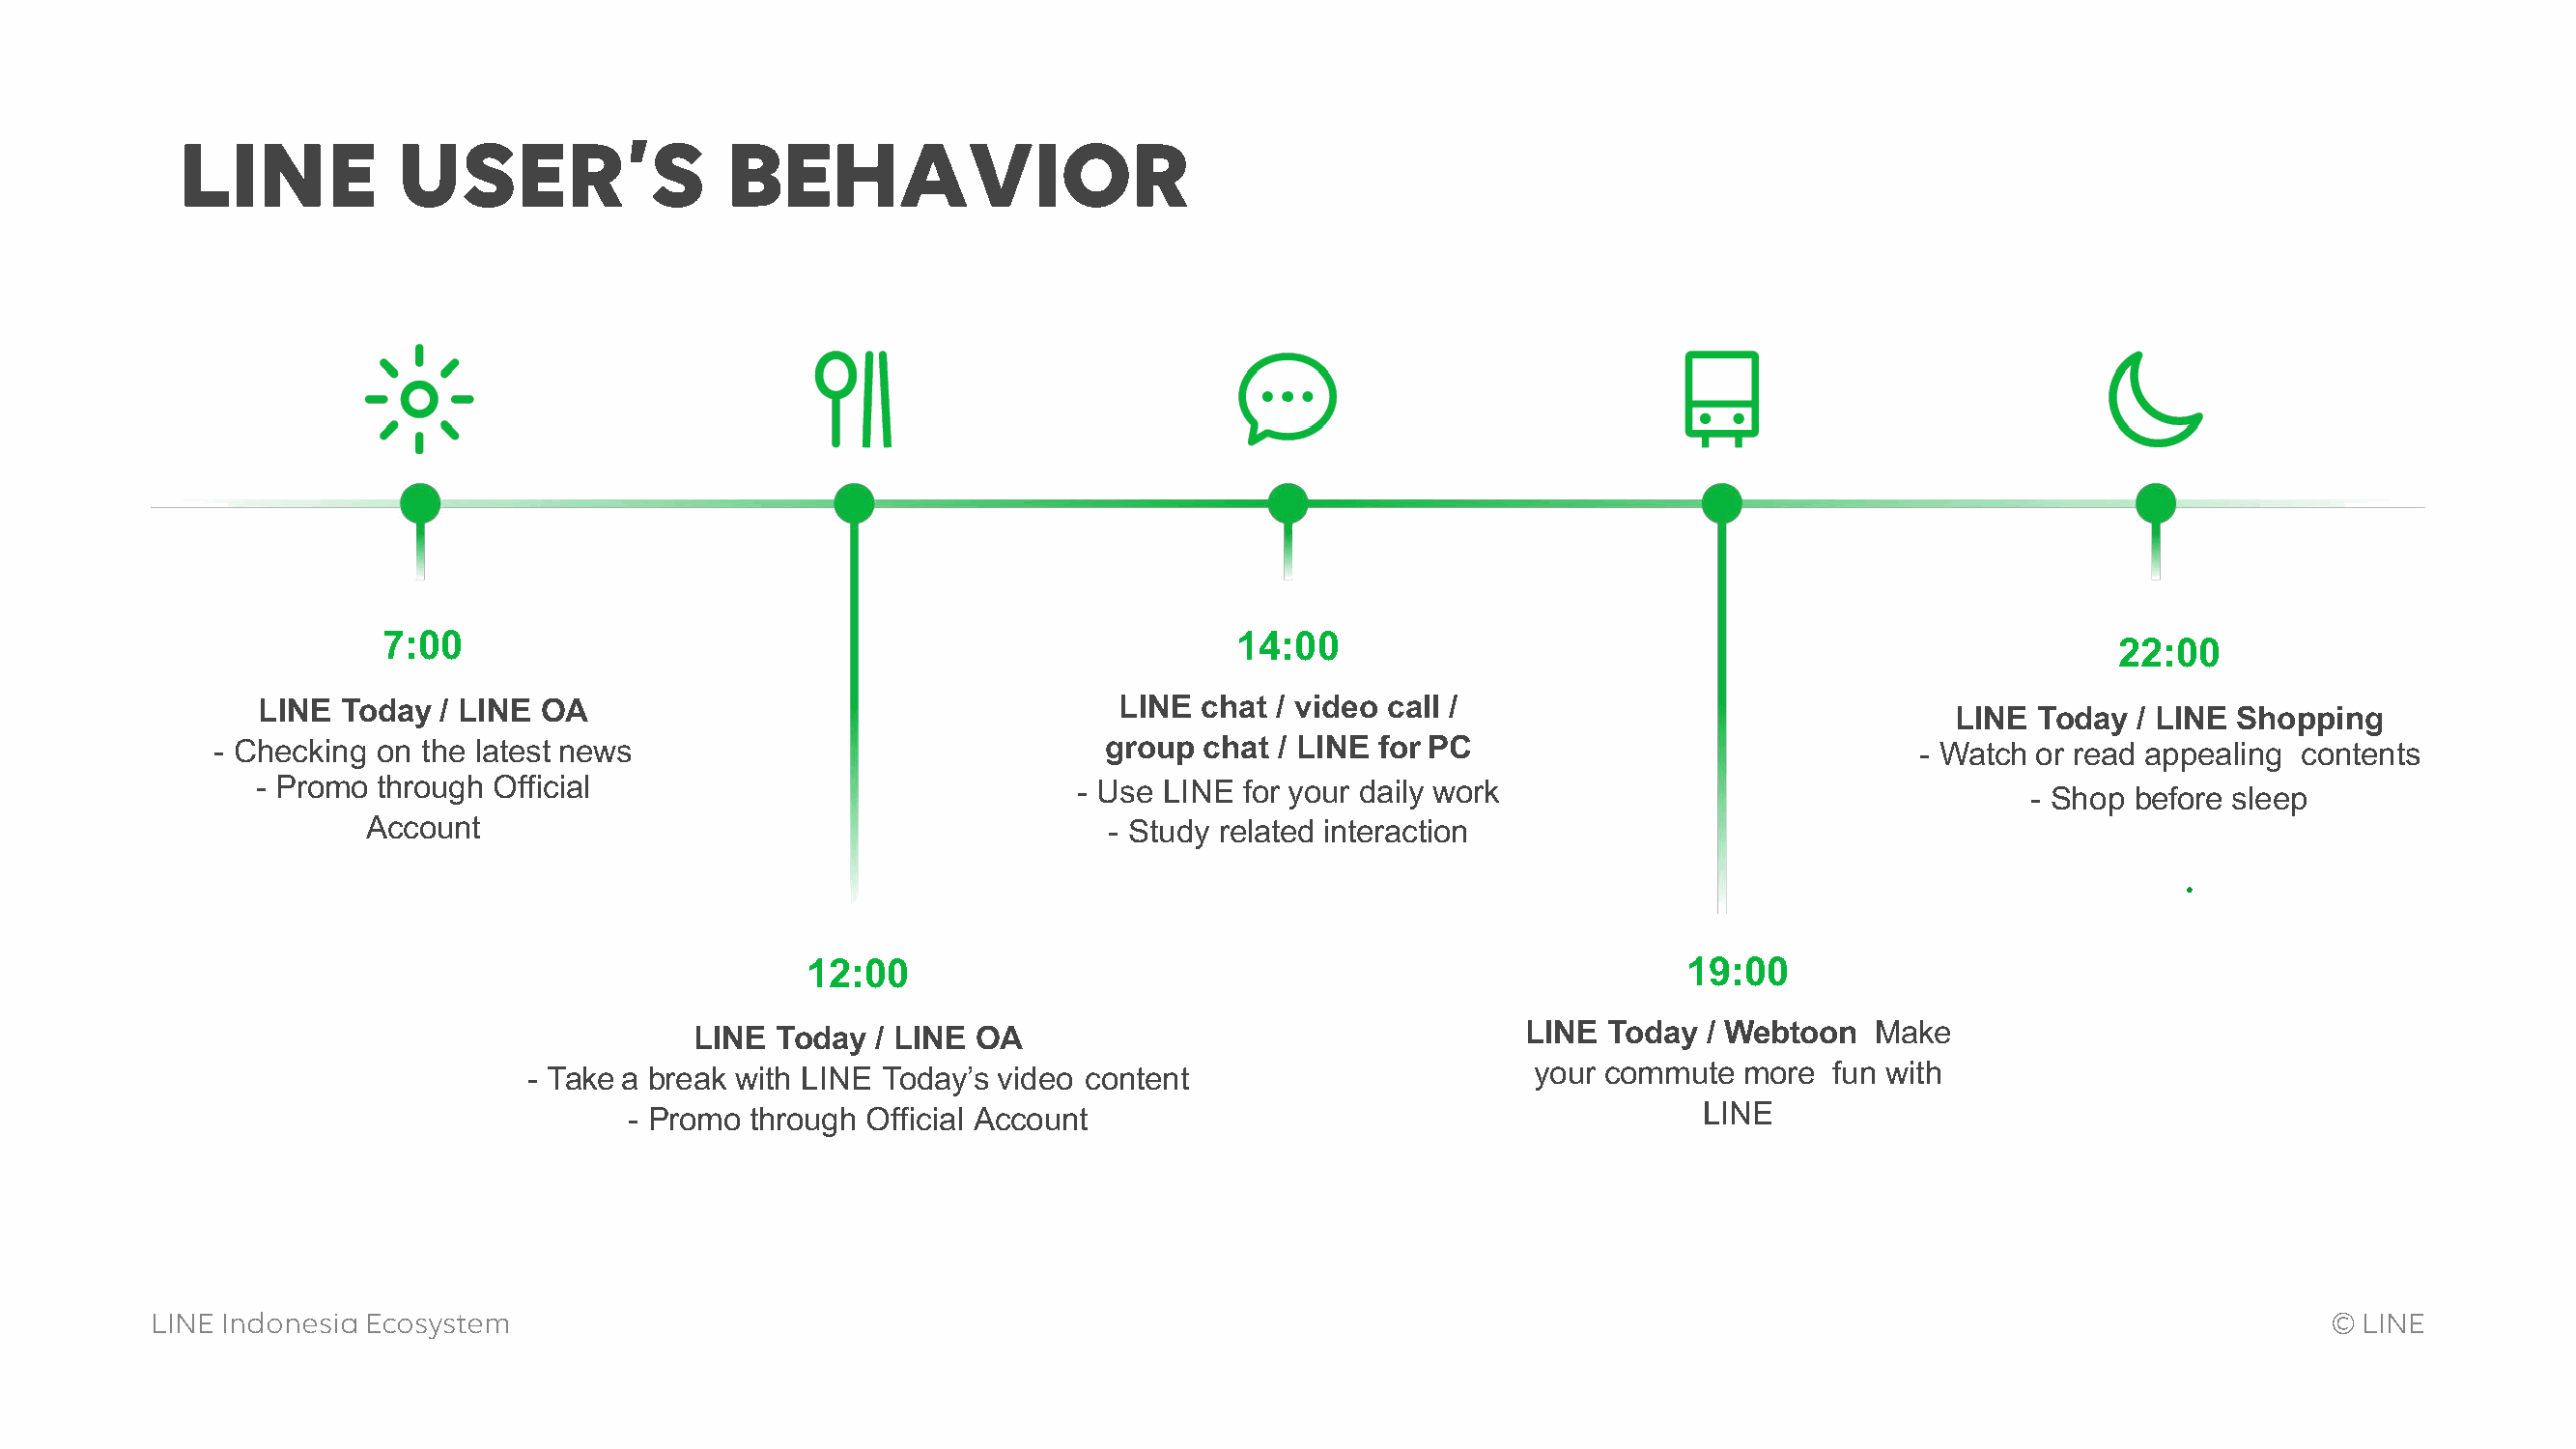
LINE           USER’S                 BEHAVIOR
 7:00                                                       14:00
 22:00
 LINE Today  / LINE OA                                      LINE chat / video call /
 LINE  Today / LINE Shopping
 - Checking on the latest news                                group chat  / LINE for PC                               - Watch or read appealing contents
 - Promo through Official                                - Use LINE for your daily work
 - Shop before sleep
 Account                                            - Study related interaction
 12:00                                                        19:00
 LINE Today  / LINE OA                                    LINE Today  / Webtoon  Make
 - Take a break with LINE Today’s video content                       your commute  more   fun with
 - Promo through Official Account                                          LINE
 LINE IndonesiaEcosystem                                                                                                                               ©LINE